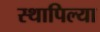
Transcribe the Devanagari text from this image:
स्थापिल्या